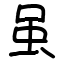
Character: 虽